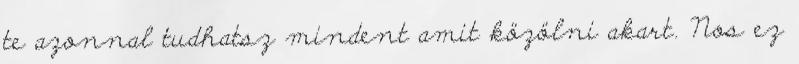
te azonnal tudhatsz mindent amit közölni akart. Nos ez